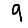
Digit: 9